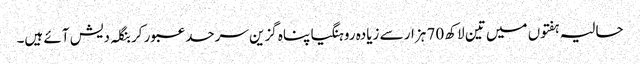
حالیہ ہفتوں میں تین لاکھ 70 ہزار سے زیادہ روہنگیا پناہ گزین سرحد عبور کر بنگلہ دیش آئے ہیں۔